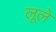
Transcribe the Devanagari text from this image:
लूले